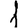
Digit: 1